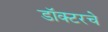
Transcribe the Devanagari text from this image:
डॉक्टरचे